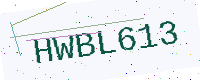
Text: HWBL613